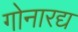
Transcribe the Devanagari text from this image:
गोनारद्य